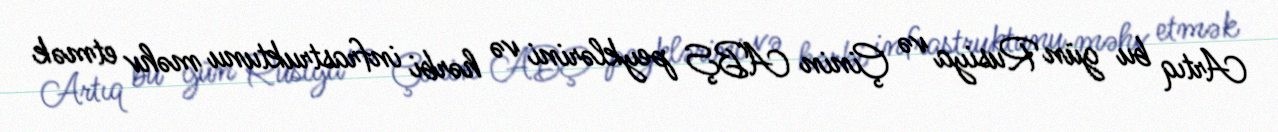
Artıq bu gün Rusiya və Çinin ABŞ peyklərini və hərbi infrastruktunu məhv etmək